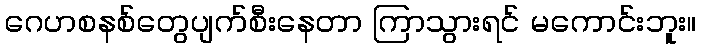
ဂေဟစနစ်တွေပျက်စီးနေတာ ကြာသွားရင် မကောင်းဘူး။